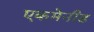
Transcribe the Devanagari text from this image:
एकमेनीड